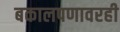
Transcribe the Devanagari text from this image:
बकालपणावरही